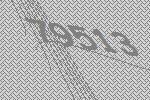
79513